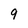
Character: 9